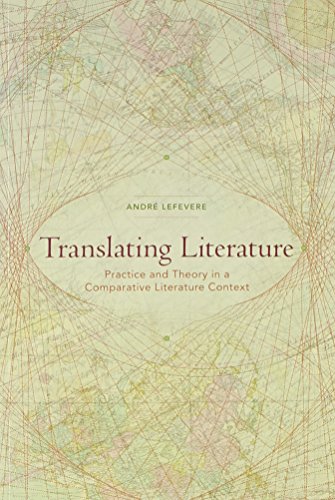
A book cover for Translating Literature: Practice and Theory in a Comparative Literature Context; AndrÃ© Lefevere; Reference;